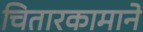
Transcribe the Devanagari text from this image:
चितारकामाने